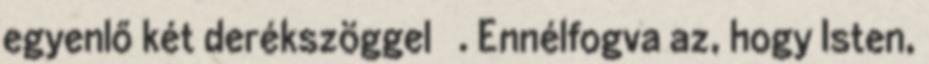
egyenlő két derékszöggel . Ennélfogva az, hogy Isten,